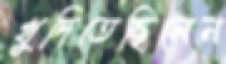
খুদিতেছিলেন